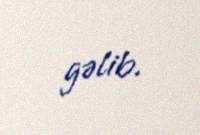
gəlib.